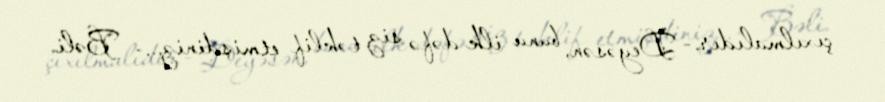
çıxılmalıdır.- Deyəsən, bunu ilk dəfə siz təklif etmişdiniz...- Bəli.